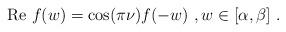
LaTeX: \begin{align*}\mathrm{Re}\ f(w)=\cos (\pi \nu)f(-w)\ ,w\in[\alpha,\beta]\ .\end{align*}